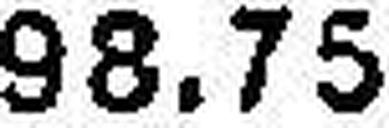
98.75